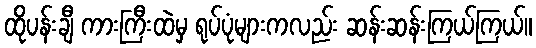
ထိုပန်းချီ ကားကြီးထဲမှ ရုပ်ပုံများကလည်း ဆန်းဆန်းကြယ်ကြယ်။